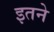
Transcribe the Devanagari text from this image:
इतने